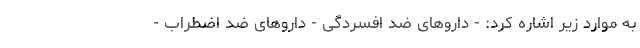
به موارد زیر اشاره کرد: - داروهای ضد افسردگی - داروهای ضد اضطراب -